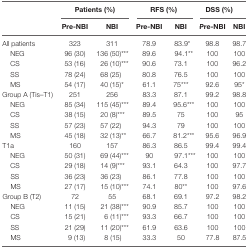
|  | <COLSPAN=2> Patients (%) | <COLSPAN=2> RFS (%) | <COLSPAN=2> DSS (%) |
 |  | Pre-NBI | NBI | Pre-NBI | NBI | Pre-NBI | NBI |
 | --- | --- | --- | --- | --- | --- | --- |
 | All patients | 323 | 311 | 78.9 | 83.9* | 98.8 | 98.7 |
 | NEG | 96 (30) | 136 (50)*** | 89.6 | 94.1** | 100 | 100 |
 | CS | 53 (16) | 26 (10)*** | 90.6 | 73.1 | 100 | 96.2 |
 | SS | 78 (24) | 68 (25) | 80.8 | 76.5 | 100 | 100 |
 | MS | 54 (17) | 40 (15)* | 61.1 | 75*** | 92.6 | 95* |
 | Group A (Tis–T1) | 251 | 256 | 83.3 | 87.1 | 99.2 | 98.8 |
 | NEG | 85 (34) | 115 (45)*** | 89.4 | 95.6*** | 100 | 100 |
 | CS | 38 (15) | 20 (8)*** | 89.5 | 75 | 100 | 95 |
 | SS | 57 (23) | 57 (22) | 94.3 | 79 | 100 | 100 |
 | MS | 45 (18) | 32 (13)** | 66.7 | 81.2*** | 95.6 | 96.9 |
 | T1a | 160 | 157 | 86.3 | 86.5 | 99.4 | 99.4 |
 | NEG | 50 (31) | 69 (44)*** | 90 | 97.1*** | 100 | 100 |
 | CS | 29 (18) | 14 (9)*** | 93.1 | 64.3 | 100 | 97.7 |
 | SS | 36 (23) | 36 (23) | 86.1 | 77.8 | 100 | 100 |
 | MS | 27 (17) | 15 (10)*** | 74.1 | 80** | 100 | 97.6 |
 | Group B (T2) | 72 | 55 | 68.1 | 69.1 | 97.2 | 98.2 |
 | NEG | 11 (15) | 21 (38)*** | 90.9 | 85.7 | 100 | 100 |
 | CS | 15 (21) | 6 (11)*** | 93.3 | 66.7 | 100 | 100 |
 | SS | 21 (29) | 11 (20)*** | 61.9 | 63.6 | 100 | 100 |
 | MS | 9 (13) | 8 (15) | 33.3 | 50 | 77.8 | 87.5 |